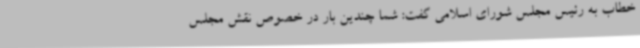
خطاب به رئیس مجلس شورای اسلامی گفت: شما چندین بار در خصوص نقش مجلس